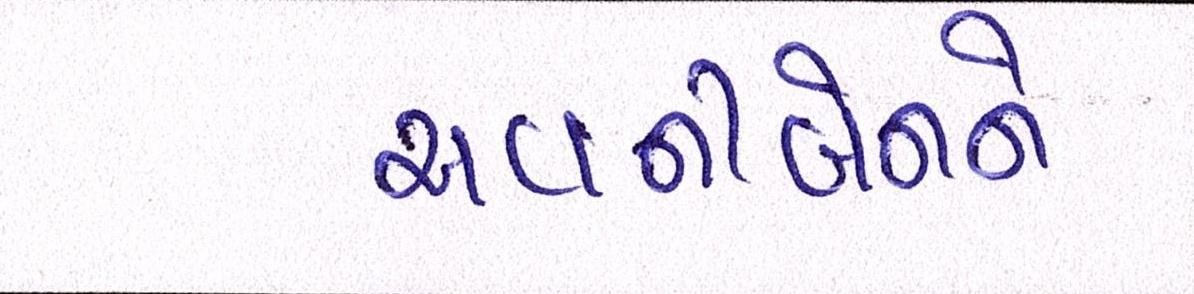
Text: અવનીબેનને